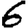
Digit: 6